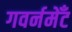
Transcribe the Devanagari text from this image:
गवर्नमेँट